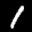
Label: 1